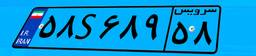
۴۲S۲۲۶۷۳